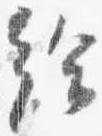
給